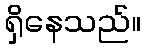
ရှိနေသည်။